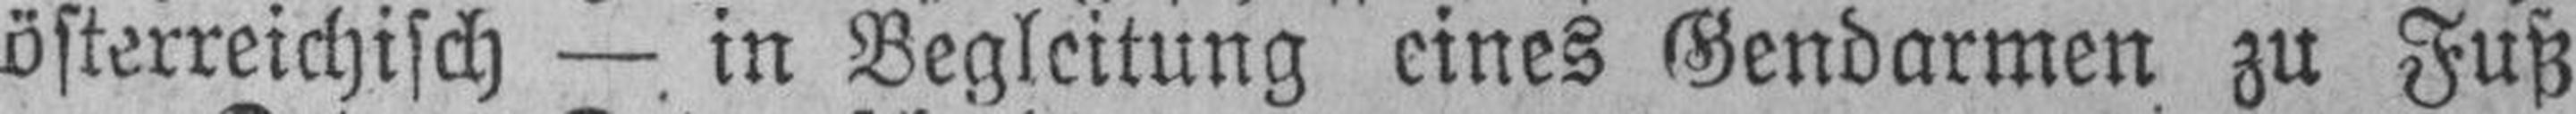
österreichisch — in Begleitung eines Gendarmen zu Fuß